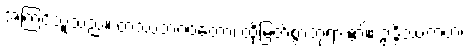
အကြင်သူသည်။ တဿဘဂဝတော၊ ထိုမြတ်စွာဘုရား၏။ ဥဒ္ဒိဿကတံ၊